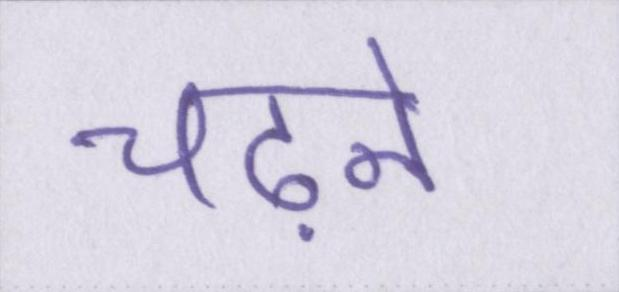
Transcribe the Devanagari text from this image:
चढ़ने